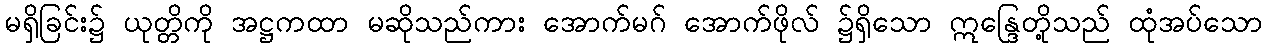
မရှိခြင်း၌ ယုတ္တိကို အဋ္ဌကထာ မဆိုသည်ကား အောက်မဂ် အောက်ဖိုလ် ၌ရှိသော ဣန္ဒြေတို့သည် ထုံအပ်သော